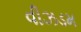
વીઝડમ